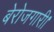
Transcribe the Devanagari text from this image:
बेरोजगारी।